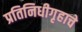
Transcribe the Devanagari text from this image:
प्रतिनिधीगृहाचे